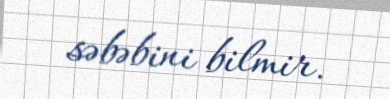
səbəbini bilmir.